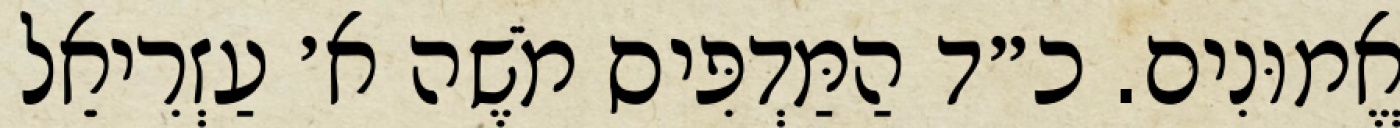
אֱמוּנִים. כ״ד הַמַּדְפִּיס מֹשֶׁה א׳ עַזְרִיאֵל